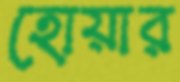
হোয়ার